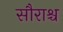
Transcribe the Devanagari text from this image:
सौराश्च